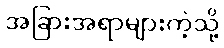
အခြားအရာများကဲ့သို့